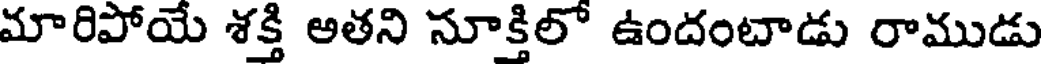
మారిపోయే శక్తి అతని సూక్తిలో ఉందంటాడు రాముడు